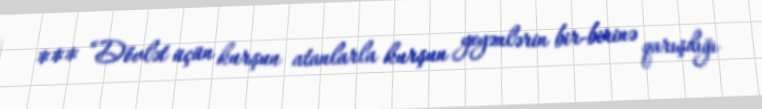
*** “Dövlət üçün kurşun atanlarla kurşun yeyənlərin bir-birinə qarışdığı